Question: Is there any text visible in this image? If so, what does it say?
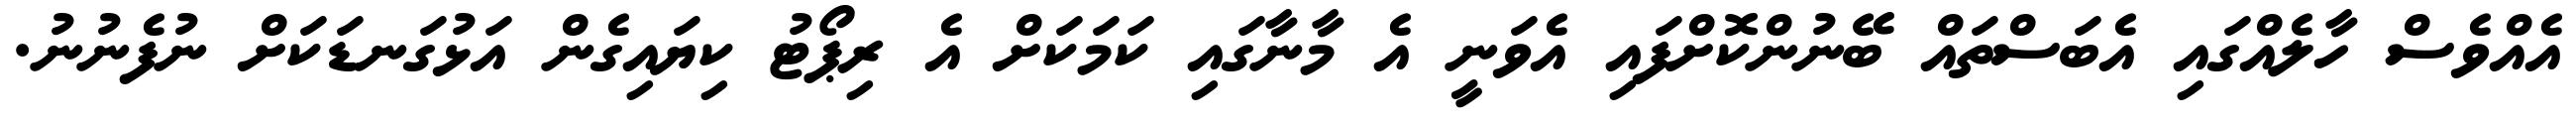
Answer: އެއްވެސް ހާލެއްގައި އެބަސްތައް ބޭނުންކޮށްފައި އެވަނީ އެ މާނާގައި ކަމަކަށް އެ ރިޕޯޓު ކިޔައިގެން އަޅުގަނޑަކަށް ނުފެނުނު.